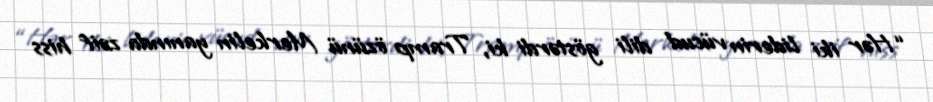
“Hər iki liderin vücud dili göstərdi ki, Tramp özünü Merkelin yanında zəif hiss